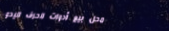
محل بيع أدوات الحرف اليدو